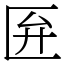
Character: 匥